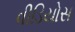
વીડિયોસ